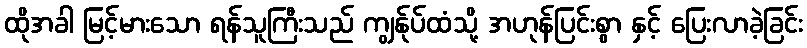
ထိုအခါ မြင့်မားသော ရန်သူကြီးသည် ကျွန်ုပ်ထံသို့ အဟုန်ပြင်းစွာ နှင့် ပြေးလာခဲ့ခြင်း